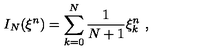
I _ { N } ( { \xi } ^ { n } ) = \sum _ { k = 0 } ^ { N } \frac { 1 } { N + 1 } { \xi } _ { k } ^ { n } \ ,